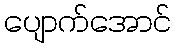
ပျောက်အောင်